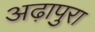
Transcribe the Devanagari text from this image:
अढ़ापुरा